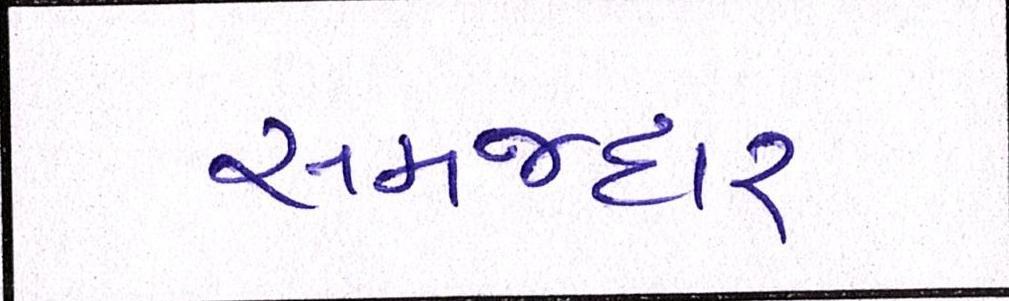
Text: સમજદાર